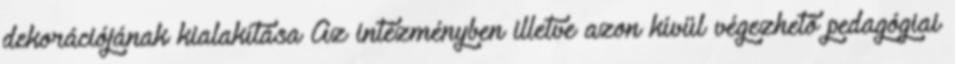
dekorációjának kialakítása Az intézményben illetve azon kívül végezhető pedagógiai